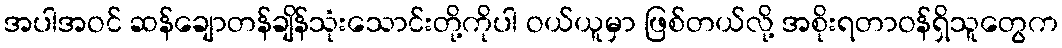
အပါအဝင် ဆန်ချောတန်ချိန်သုံးသောင်းတို့ကိုပါ ဝယ်ယူမှာ ဖြစ်တယ်လို့ အစိုးရတာဝန်ရှိသူတွေက